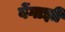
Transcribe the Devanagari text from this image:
बेंगाझी